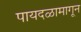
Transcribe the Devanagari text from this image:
पायदळामागून